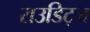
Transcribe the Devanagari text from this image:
राउडिट्ज